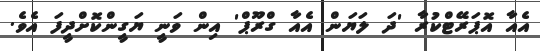
އެއާ އޮޕަރޭޓްކުރާ 'ދަ ލަޔަން އެއާ ގްރޫޕް' އިން ވަނީ ޔަގީންކޮށްދީފަ އެވެ.